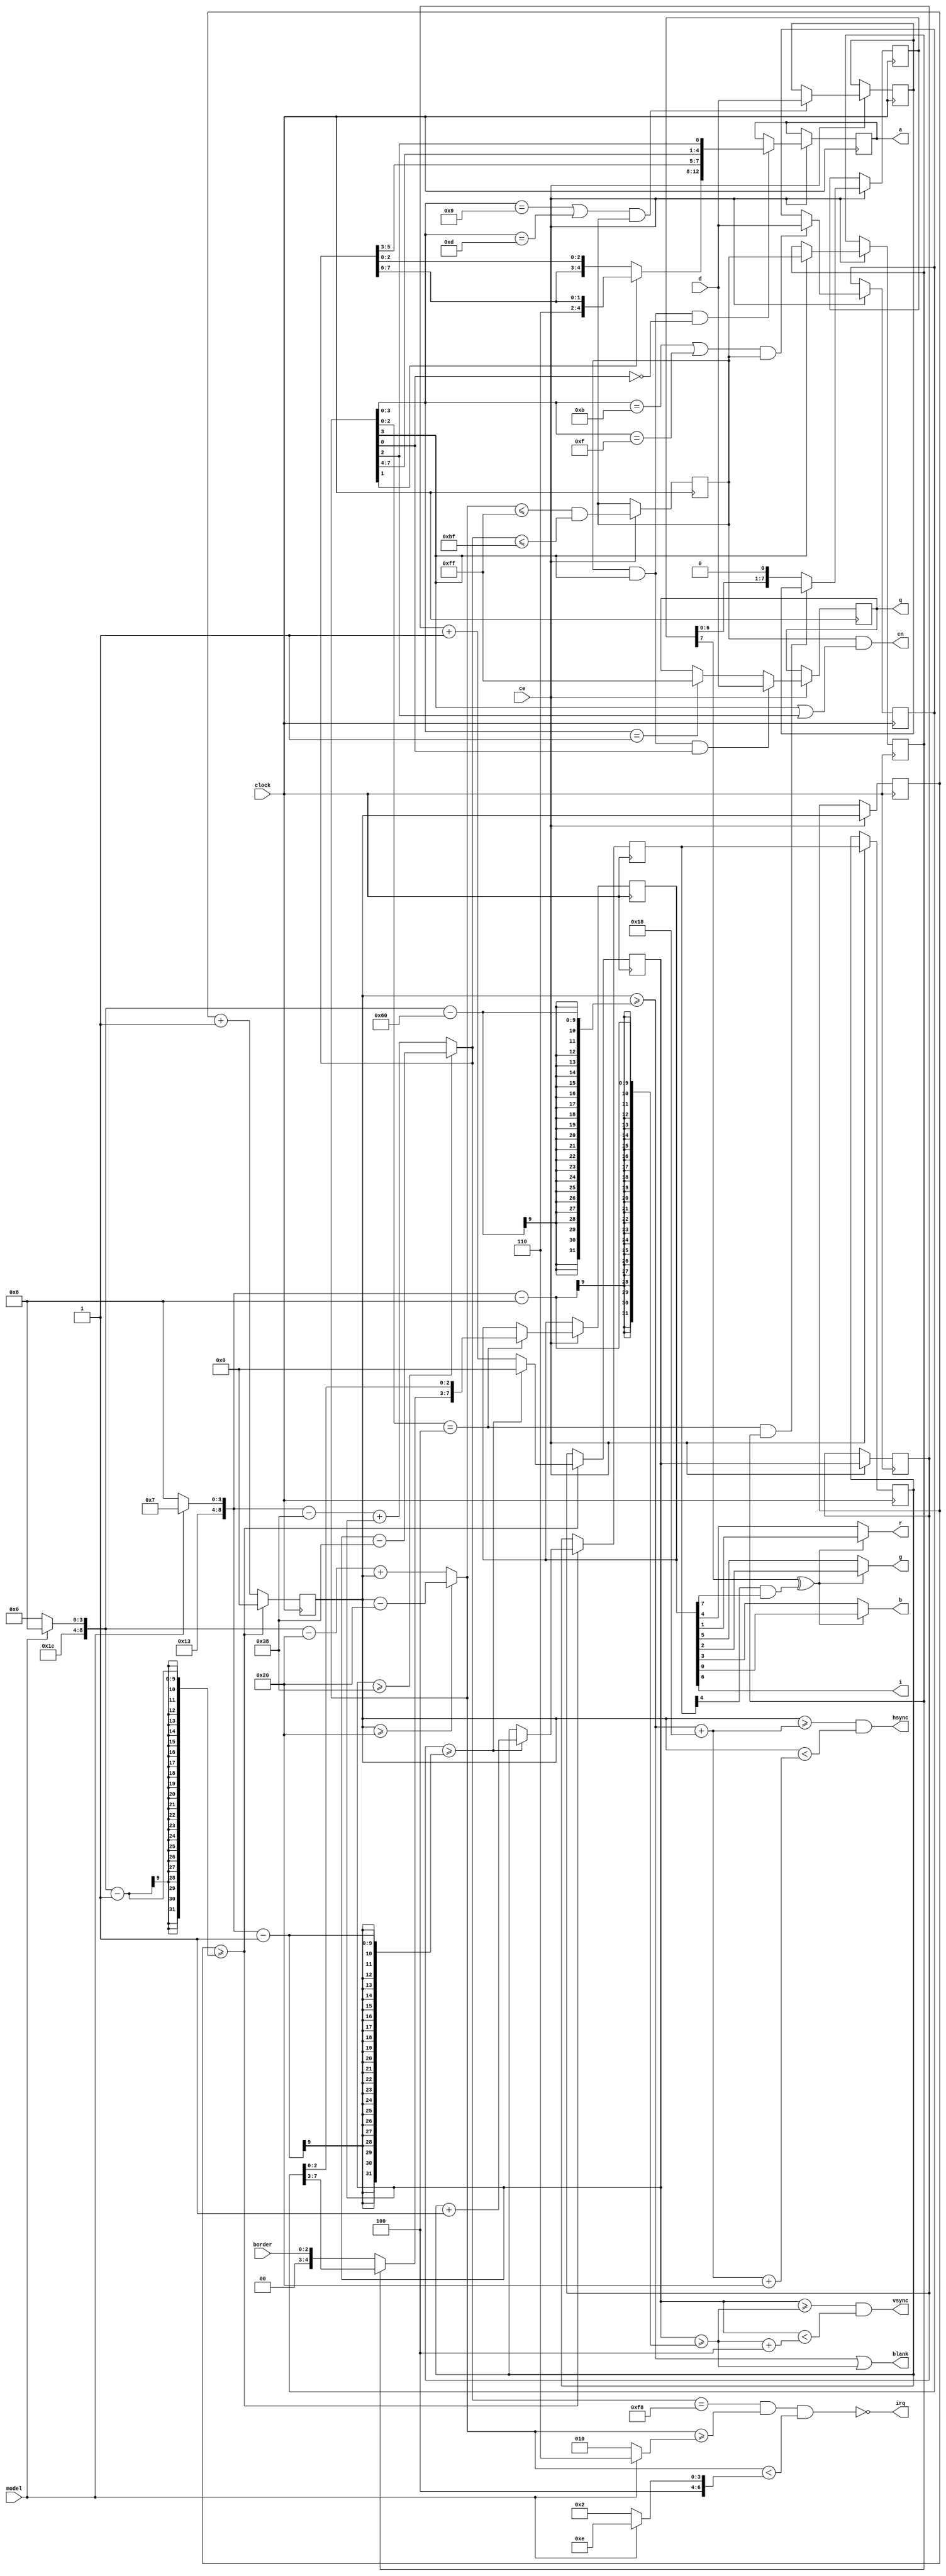
//-------------------------------------------------------------------------------------------------
module video
//-------------------------------------------------------------------------------------------------
(
	input  wire       model,

	input  wire       clock,
	input  wire       ce,

	input  wire[ 2:0] border,
	output wire       irq,
	output wire       cn,
	output reg [12:0] a,
	input  wire[ 7:0] d,
	output reg [ 7:0] q,

	output wire       blank,
	output wire       hsync,
	output wire       vsync,
	output wire       r,
	output wire       g,
	output wire       b,
	output wire       i
);
//-------------------------------------------------------------------------------------------------

wire[8:0] hCountEnd = model ? 9'd456 : 9'd448;
wire[8:0] vCountEnd = model ? 9'd311 : 9'd312;

wire[8:0] irqBeg = model? 9'd6  : 9'd2 ;
wire[8:0] irqEnd = model? 9'd78 : 9'd66;

//-------------------------------------------------------------------------------------------------

reg[8:0] hc, hhCount;
wire hCountReset = hc >= (hCountEnd-1);
always @(posedge clock) if(hCountReset) hhCount <= 1'd0; else hhCount <= hc+1'd1;
always @(posedge clock) if(ce) hc <= hhCount;

reg[8:0] vc, vvCount;
wire vCountReset = vc >= (vCountEnd-1);
always @(posedge clock) begin vvCount <= vc; if(hCountReset) if(vCountReset) vvCount <= 1'd0; else vvCount <= vc+1'd1; end
always @(posedge clock) if(ce) vc <= vvCount;

reg[4:0] fc, fCount;
always @(posedge clock) begin fCount <= fc; if(hCountReset) if(vCountReset) fCount <= fc+1'd1; end
always @(posedge clock) if(ce) fc <= fCount;

//-------------------------------------------------------------------------------------------------

wire[8:0] hCount = hhCount >= 9'd32 ? hhCount-9'd32 : (hCountEnd-9'd32)+hhCount;
wire[8:0] vCount = vvCount >= 9'd56 ? vvCount-9'd56 : (vCountEnd-9'd56)+vvCount;

//-------------------------------------------------------------------------------------------------

reg dataEnable;
wire de = hCount <= 255 && vCount <= 191;
always @(posedge clock) if(ce) dataEnable <= de;

reg videoEnable;
wire videoEnableLoad = hCount[3];
always @(posedge clock) if(ce) if(videoEnableLoad) videoEnable <= dataEnable;

//-------------------------------------------------------------------------------------------------

reg[7:0] dataInput;
wire dataInputLoad = (hCount[3:0] ==  9 || hCount[3:0] == 13) && dataEnable;
always @(posedge clock) if(ce) if(dataInputLoad) dataInput <= d;

reg[7:0] attrInput;
wire attrInputLoad = (hCount[3:0] == 11 || hCount[3:0] == 15) && dataEnable;
always @(posedge clock) if(ce) if(attrInputLoad) attrInput <= d;

reg[7:0] dataOutput;
wire dataOutputLoad = hCount[2:0] == 4 && videoEnable;
always @(posedge clock) if(ce) if(dataOutputLoad) dataOutput <= dataInput; else dataOutput <= { dataOutput[6:0], 1'b0 };

reg[7:0] attrOutput;
wire attrOutputLoad = hCount[2:0] == 4;
always @(posedge clock) if(ce) if(attrOutputLoad) attrOutput <= { videoEnable ? attrInput[7:3] : { 2'b00, border }, attrInput[2:0] };

wire addrLoad = dataEnable && hCount[3] && !hCount[0];
always @(posedge clock) if(ce) if(addrLoad) a <= { !hCount[1] ? { vCount[7:6], vCount[2:0] } : { 3'b110, vCount[7:6] }, vCount[5:3], hCount[7:4], hCount[2] };

wire fbLoad = dataEnable && hCount[3] && hCount[0];
wire fbReset = hCount[3:0] == 1;
always @(posedge clock) if(ce) if(fbLoad) q <= d; else if(fbReset) q <= 8'hFF;

//-------------------------------------------------------------------------------------------------

wire hBlank = hhCount >= (hCountEnd-96);
wire vBlank = vvCount >= (vCountEnd-8 );

wire dataSelect = dataOutput[7] ^ (fCount[4] & attrOutput[7]);

//-------------------------------------------------------------------------------------------------

assign irq = !(vCount == 248 && hCount >= irqBeg && hCount < irqEnd);
assign cn = dataEnable && (hCount[3] || hCount[2]);

assign blank = hBlank | vBlank;
assign hsync = hhCount >= (hBlank+24) && hhCount < (hBlank+24+32);
assign vsync = vvCount >= (vBlank   ) && vvCount < (vBlank   + 4);

assign r = dataSelect ? attrOutput[1] : attrOutput[4];
assign g = dataSelect ? attrOutput[2] : attrOutput[5];
assign b = dataSelect ? attrOutput[0] : attrOutput[3];
assign i = attrOutput[6];

//-------------------------------------------------------------------------------------------------
endmodule
//-------------------------------------------------------------------------------------------------